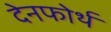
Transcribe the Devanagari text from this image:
देनफोर्थ